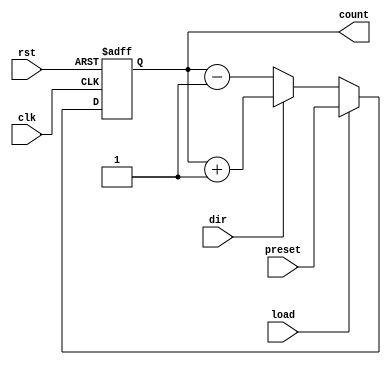
module synchronous_load_counter (
    input wire clk,           // Clock signal
    input wire rst,           // Asynchronous active-high reset
    input wire load,          // Control signal for loading preset value
    input wire dir,           // Control signal for counting direction (0: down, 1: up)
    input wire [7:0] preset,  // Preset value to load (8 bits wide)
    output reg [7:0] count    // Current counter value (8 bits wide)
);

always @(posedge clk or posedge rst) begin
    if (rst) begin
        count <= 8'b0;          // Reset the counter to zero
    end else if (load) begin
        count <= preset;        // Load the preset value into the counter
    end else begin
        if (dir) begin
            count <= count + 1; // Increment the counter
        end else begin
            count <= count - 1; // Decrement the counter
        end
    end
end

endmodule